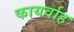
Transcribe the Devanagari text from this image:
कायर्वाह